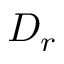
D _ { r }